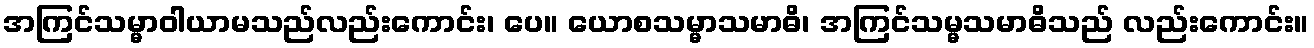
အကြင်သမ္မာဝါယာမသည်လည်းကောင်း၊ ပေ။ ယောစသမ္မာသမာဓိ၊ အကြင်သမ္မသမာဓိသည် လည်းကောင်း။